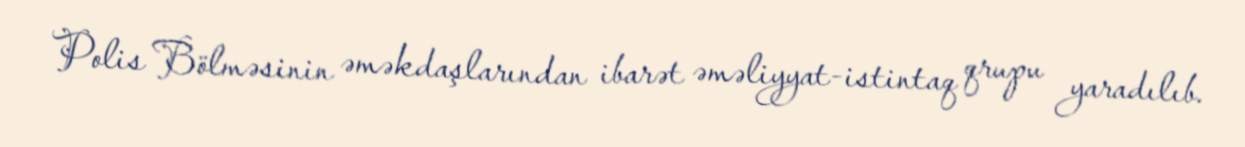
Polis Bölməsinin əməkdaşlarından ibarət əməliyyat-istintaq qrupu yaradılıb.